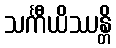
သင်္ကီယိဿန္တိ